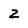
Character: Z